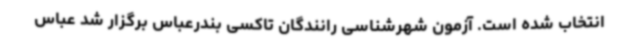
انتخاب شده است. آزمون شهرشناسی رانندگان تاکسی بندرعباس برگزار شد عباس